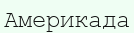
Америкада